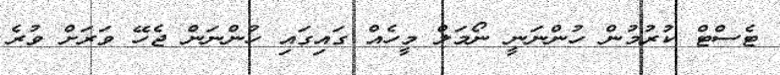
ޓެސްޓް ކުރުމުން ހުންނަނީ ނޯމަލް މީހެއް ގައިގައި ހުންނަން ޖެހޭ ވަރަށް ވުރެ